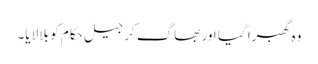
وہ گھبرا گیا اور بھاگ کر جیل حکام کو بلا لایا۔